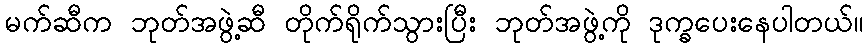
မက်ဆီက ဘုတ်အဖွဲ့ဆီ တိုက်ရိုက်သွားပြီး ဘုတ်အဖွဲ့ကို ဒုက္ခပေးနေပါတယ်။